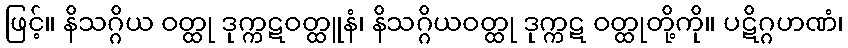
ဖြင့်။ နိသဂ္ဂိယ ဝတ္ထု ဒုက္ကဋဝတ္ထူနံ၊ နိသဂ္ဂိယဝတ္ထု ဒုက္ကဋ ဝတ္ထုတို့ကို။ ပဋိဂ္ဂဟဏံ၊